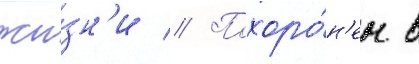
жи́зн'и // Похоро́н'ен в